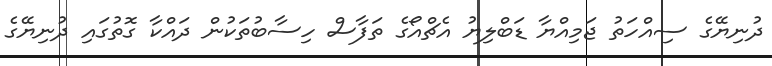
ދުނިޔޭގެ ސިއްހަތު ޖަމިއްޔާ ޑަބްލިޔު އެޗްއޯގެ ތަފާސް ހިސާބުތަކުން ދައްކާ ގޮތުގައި ދުނިޔޭގެ